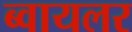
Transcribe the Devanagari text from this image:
ब्वायलर